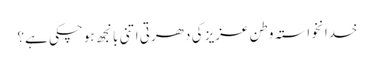
خدانخواستہ وطن عزیز کی دھرتی اتنی بانجھ ہوچکی ہے؟